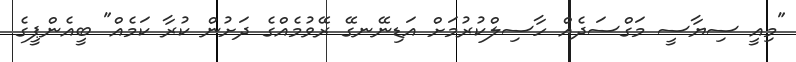
"މިއީ ސިޔާސީ މަގްސަދެއް ހާސިލްކުރުމަށް އަޑިނޭނގޭ ރޭވުމެއްގެ ދަށުން ކުރާ ކަމެއް" ބީއެންޕީގެ